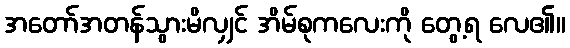
အတော်အတန်သွားမိလျှင် အိမ်စုကလေးကို တွေ့ရ လေ၏။